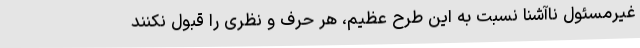
غیرمسئول ناآشنا نسبت به این طرح عظیم، هر حرف و نظری را قبول نکنند